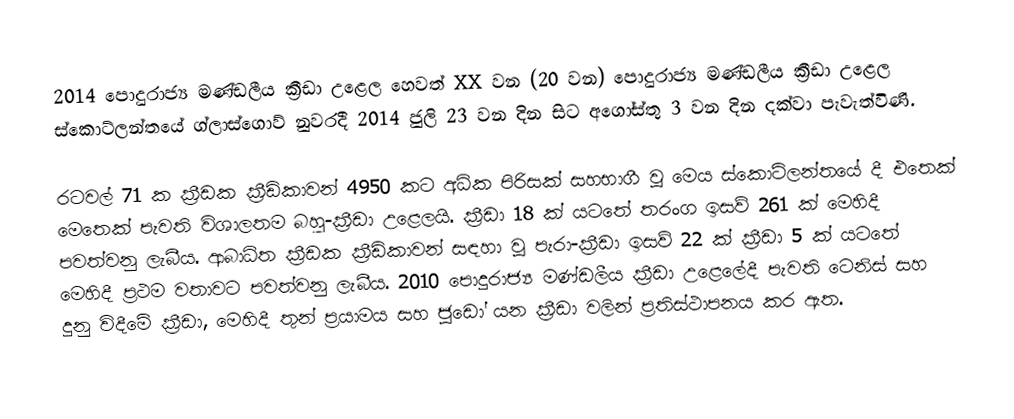
2014 පොදුරාජ්‍ය මණ්ඩලීය ක්‍රීඩා උළෙල හෙවත් XX වන (20 වන) පොදුරාජ්‍ය මණ්ඩලීය ක්‍රීඩා උළෙල  ස්කොට්ලන්තයේ ග්ලාස්ගොව් නුවරදී 2014 ජුලි 23 වන දින සිට අගෝස්තු 3 වන දින දක්වා පැවැත්විණි.

රටවල් 71 ක ක්‍රීඩක ක්‍රීඩිකාවන් 4950 කට අධික පිරිසක් සහභාගී වූ මෙය ස්කොට්ලන්තයේ දී එතෙක් මෙතෙක් පැවති විශාලතම බහු-ක්‍රීඩා උළෙලයි. ක්‍රීඩා 18 ක් යටතේ තරංග ඉසව් 261 ක් මෙහිදී පවත්වනු ලැබීය. ආබාධිත ක්‍රීඩක ක්‍රීඩිකාවන් සඳහා වූ පැරා-ක්‍රීඩා ඉසව් 22 ක් ක්‍රීඩා 5 ක් යටතේ මෙහිදී ප්‍රථම වතාවට පවත්වනු ලැබීය. 2010 පොදුරාජ්‍ය මණ්ඩලීය ක්‍රීඩා උළෙලේදී පැවති ටෙනිස් සහ  දුනු විදීමේ ක්‍රීඩා, මෙහිදී තුන් ප්‍රයාමය සහ ජූඩෝ යන ක්‍රීඩා වලින් ප්‍රතිස්ථාපනය කර ඇත.